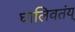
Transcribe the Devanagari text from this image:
घालिवतंय्